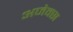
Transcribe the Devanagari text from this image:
अजेक्स